Civil Veterinary Dept. North-West Frontier Province 1901-22 - 1901-1922
Year: 1901
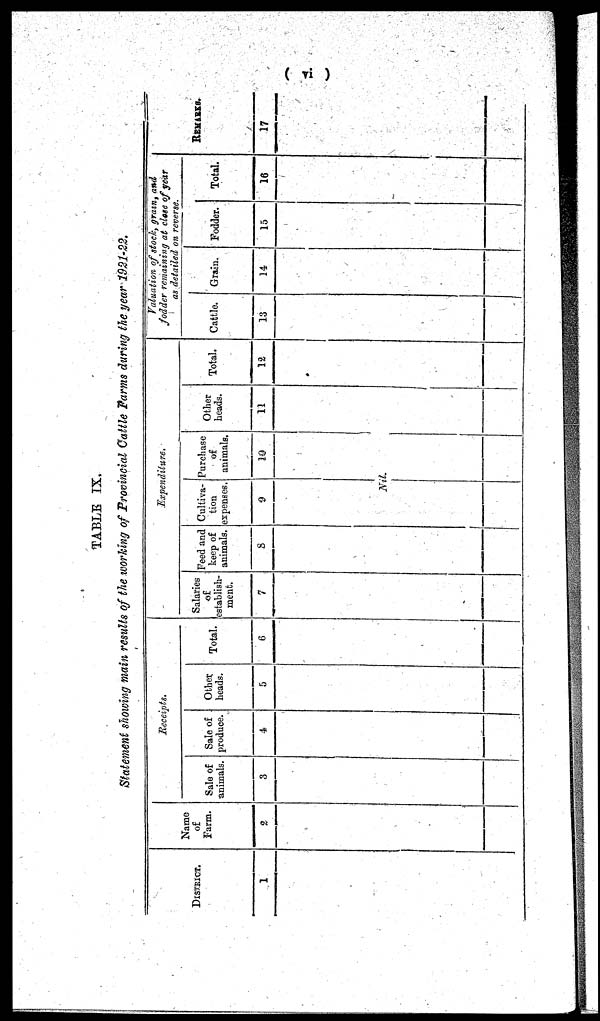
(vi)
TABLE IX.
Statement showing main results of the working of Provincial Cattle Farms during the year 1921-22.
DISTRICT.
1
Name
of
Farm.
2
Receipts.
Sale of
animals.
3
Sale of
produce.
4
Other
heads.
5
Total.
6
Expenditure.
Salaries
of
establish-
ment.
7
Feed and
keep of
animals.
8
Cultiva-
tion
expenses.
9
Nil.
Purchase
of
animals.
10
Other
heads.
11
Total.
12
Valuation of stock, grain, and
fodder remaining at close of year
as detailed on reverse.
Cattle.
13
Grain.
14
Fodder.
15
Total.
16
REMARKS.
17